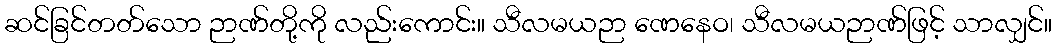
ဆင်ခြင်တတ်သော ဉာဏ်တို့ကို လည်းကောင်း။ သီလမယဉာ ဏေနေဝ၊ သီလမယဉာဏ်ဖြင့် သာလျှင်။